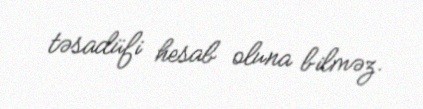
təsadüfi hesab oluna bilməz.